Vaccination in Burma 1889-1999 - 1889-1999
Year: 1889
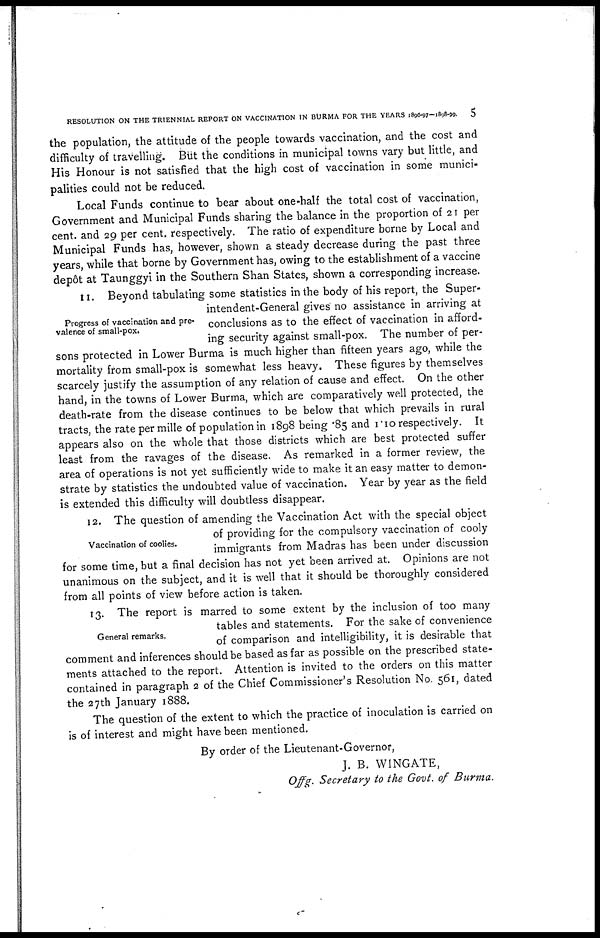
RESOLUTION ON THE TRIENNIAL REPORT ON VACCINATION IN BURMA FOR THE YEARS 1896-97-1898-99.
5
the population, the attitude of the people towards vaccination, and the cost and
difficulty of travelling. But the conditions in municipal towns vary but little, and
His Honour is not satisfied that the high cost of vaccination in some munici-
palities could not be reduced.
Local Funds continue to bear about one-half the total cost of vaccination,
Government and Municipal Funds sharing the balance in the proportion of 21 per
cent. and 29 per cent. respectively. The ratio of expenditure borne by Local and
Municipal Funds has, however, shown a steady decrease during the past three
years, while that borne by Government has, owing to the establishment of a vaccine
depôt at Taunggyi in the Southern Shan States, shown a corresponding increase.
Progress of vaccination and pre-
valence of small-pox.
11. Beyond tabulating some statistics in the body of his report, the Super-
intendent-General gives no assistance in arriving at
conclusions as to the effect of vaccination in afford-
ing security against small-pox. The number of per-
sons protected in Lower Burma is much higher than fifteen years ago, while the
mortality from small-pox is somewhat less heavy. These figures by themselves
scarcely justify the assumption of any relation of cause and effect. On the other
hand, in the towns of Lower Burma, which are comparatively well protected, the
death-rate from the disease continues to be below that which prevails in rural
tracts, the rate per mille of population in 1898 being .85 and 1.10 respectively. It
appears also on the whole that those districts which are best protected suffer
least from the ravages of the disease. As remarked in a former review, the
area of operations is not yet sufficiently wide to make it an easy matter to demon-
strate by statistics the undoubted value of vaccination. Year by year as the field
is extended this difficulty will doubtless disappear.
Vaccination of coolies.
12. The question of amending the Vaccination Act with the special object
of providing for the compulsory vaccination of cooly
immigrants from Madras has been under discussion
for some time, but a final decision has not yet been arrived at. Opinions are not
unanimous on the subject, and it is well that it should be thoroughly considered
from all points of view before action is taken.
General remarks.
13. The report is marred to some extent by the inclusion of too many
tables and statements. For the sake of convenience
of comparison and intelligibility, it is desirable that
comment and inferences should be based as far as possible on the prescribed state-
ments attached to the report. Attention is invited to the orders on this matter
contained in paragraph 2 of the Chief Commissioner's Resolution No. 561 dated
the 27th January 1888.
The question of the extent to which the practice of inoculation is carried on
is of interest and might have been mentioned.
By order of the Lieutenant-Governor,
J. B. WINGATE,
Offg. Secretary to the Govt. of Burma.